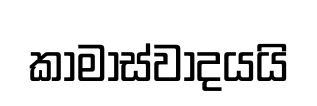
කාමාස්වාදයයි